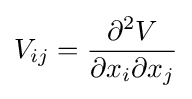
V_{ij}={\frac {\partial ^{2}V}{\partial x_{i}\partial x_{j}}}